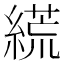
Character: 𦃑